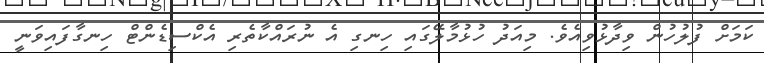
ކަމަށް ފުލުހުން ވިދާޅުވިއެވެ. މިއަދު ހުޅުމާލޭގައި ހިނގި އެ ނުރައްކާތެރި އެކްސިޑެންޓް ހިނގާފައިވަނީ